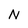
Character: N